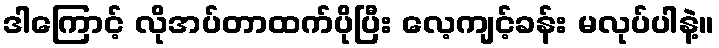
ဒါကြောင့် လိုအပ်တာထက်ပိုပြီး လေ့ကျင့်ခန်း မလုပ်ပါနဲ့။